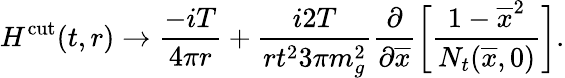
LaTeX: H^{\mathrm{cut}}(t,r)\to{\frac{-iT}{4\pi r}}+{\frac{i2T}{rt^{2}3\pi m_{g}^{2}}}{\frac{\partial}{\partial\overline{{{x}}}}}\bigg[{\frac{1-\overline{{{x}}}^{2}}{N_{t}(\overline{{{x}}},0)}}\bigg].